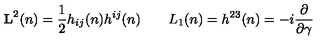
{ \bf L } ^ { 2 } ( n ) = { \frac { 1 } { 2 } } h _ { i j } ( n ) h ^ { i j } ( n ) \qquad L _ { 1 } ( n ) = h ^ { 2 3 } ( n ) = - i { \frac { \partial } { \partial \gamma } }